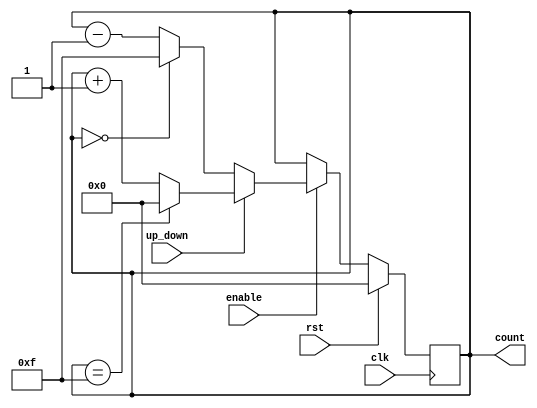
module SynchronousCounter #(
    parameter WIDTH = 4         // Parameter to set the bit width of the counter
)(
    input wire clk,             // Clock input
    input wire rst,             // Synchronous reset
    input wire enable,          // Enable signal
    input wire up_down,         // Control signal: 1 for up counting, 0 for down counting
    output reg [WIDTH-1:0] count // Counter output
);

    // Always block triggered on the rising edge of the clock
    always @(posedge clk) begin
        if (rst) begin
            // Reset the counter to zero
            count <= 0;
        end else if (enable) begin
            // Up counting
            if (up_down) begin
                if (count == {WIDTH{1'b1}}) // Check for overflow
                    count <= 0;            // Wrap around to zero
                else
                    count <= count + 1;    // Increment count
            end else begin
                // Down counting
                if (count == 0)
                    count <= {WIDTH{1'b1}}; // Wrap around to max value
                else
                    count <= count - 1;    // Decrement count
            end
        end
    end
endmodule